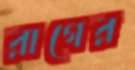
রাগের